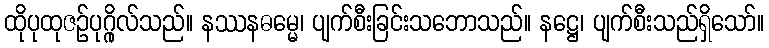
ထိုပုထုဇဉ်ပုဂ္ဂိုလ်သည်။ နဿနဓမ္မေ၊ ပျက်စီးခြင်းသဘောသည်။ နဋ္ဌေ၊ ပျက်စီးသည်ရှိသော်။